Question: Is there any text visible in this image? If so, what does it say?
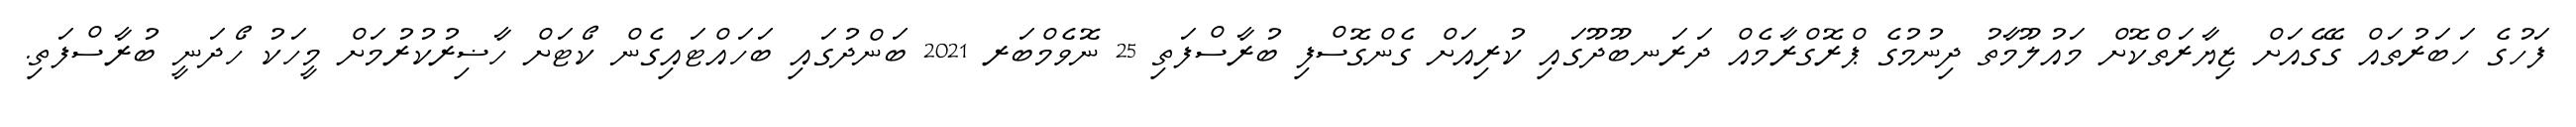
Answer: ފަހުގެ ހަބަރުތައް ގޭގެއަށް ޒިޔާރަތްކޮށް މައުލޫމާތު ދިނުމުގެ ޕްރޮގްރާމެއް ދަރަނބޫދޫގައި ކުރިއަށް ގެންގޮސްފި ބުރާސްފަތި 25 ނޮވެމްބަރ 2021 ބަންދުގައި ބަހައްޓައިގެން ކޯޓަށް ހާޟިރުކުރުމަށް މީހަކު ހޯދަނީ ބުރާސްފަތި.